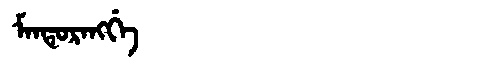
Manchu: ᠮᠠᠨᡨᡠᡵᠠᠩᡤᡝ
Romanization: MANTURANGGE